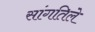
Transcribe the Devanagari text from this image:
सांगतिले